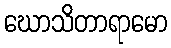
ဃောသိတာရာမော